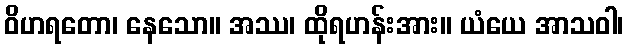
ဝိဟရတော၊ နေသော။ အဿ၊ ထိုရဟန်းအား။ ယံယေ အာသဝါ၊